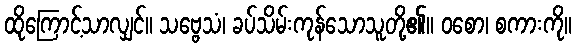
ထိုကြောင့်သာလျှင်။ သဗ္ဗေသံ၊ ခပ်သိမ်းကုန်သောသူတို့၏။ ဝစော၊ စကားကို။